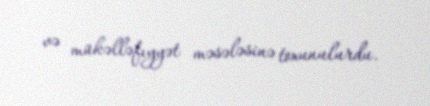
və mükəlləfıyyət məsələsinə toxunulurdu.